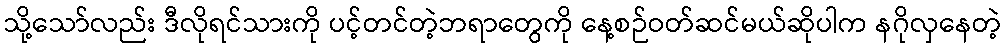
သို့သော်လည်း ဒီလိုရင်သားကို ပင့်တင်တဲ့ဘရာတွေကို နေ့စဉ်ဝတ်ဆင်မယ်ဆိုပါက နဂိုလှနေတဲ့